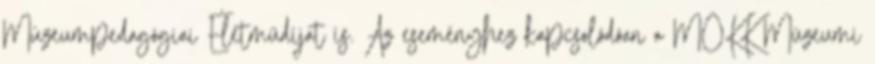
Múzeumpedagógiai Életműdíjat is. Az eseményhez kapcsolódóan a MOKK Múzeumi